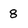
Character: 8